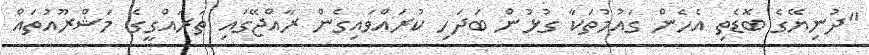
"ދުނިޔޭގެ ބޮޑެތި އެހެން ގައުމުތަކާ ގުޅުން ބަދަހި ކުރައްވައިގެން ރާއްޖޭގައި ތަރައްގީގެ މަޝްރޫއުތައް